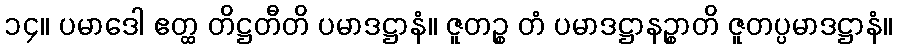
၁၄။ ပမာဒေါ ဧတ္ထ တိဋ္ဌတီတိ ပမာဒဋ္ဌာနံ။ ဇူတဉ္စ တံ ပမာဒဋ္ဌာနဉ္စာတိ ဇူတပ္ပမာဒဋ္ဌာနံ။